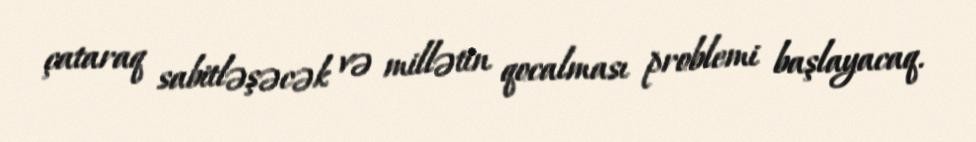
çataraq sabitləşəcək və millətin qocalması problemi başlayacaq.